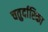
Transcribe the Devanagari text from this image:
चतुर्दारिका